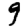
Digit: 9